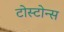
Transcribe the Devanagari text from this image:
टोस्टोन्स